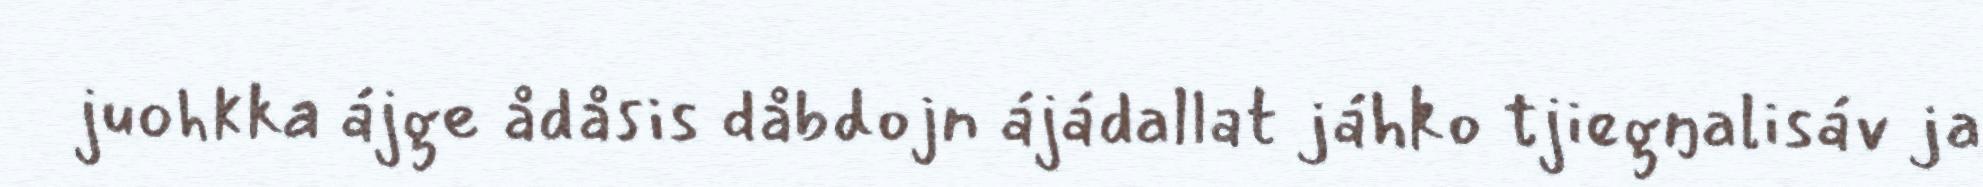
juohkka ájge ådåsis dåbdojn ájádallat jáhko tjiegŋalisáv ja